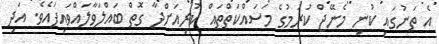
އެ ތަނުގައި ކުނި މެނޭޖް ކުރުމުގެ މަސައްކަތްތައް ކުރިއަށްދާ ގޮތް ބައްލަވާލައްވައިފައެވެ. އަދި